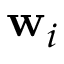
\mathbf { w } _ { i }